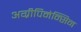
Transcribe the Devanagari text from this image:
अग्रीपिनेन्सिन